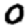
Digit: 0